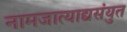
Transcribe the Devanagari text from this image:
नामजात्याद्यसंयुत